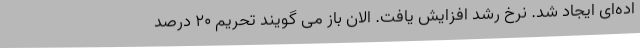
اده‌ای ایجاد شد. نرخ رشد افزایش یافت. الان باز می گویند تحریم ۲۰ درصد